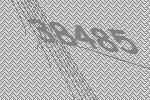
38485